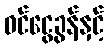
ဝင်ငွေခွန်နှင့်